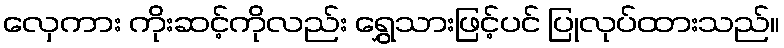
လှေကား ကိုးဆင့်ကိုလည်း ရွှေသားဖြင့်ပင် ပြုလုပ်ထားသည်။